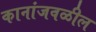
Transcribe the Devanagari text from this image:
कानांजवळील